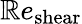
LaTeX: \mathbb{R}e_{\mathrm{{shear}}}